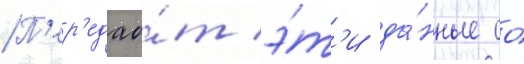
П'ер'едао́т э́т'и да́нные со́